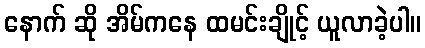
နောက် ဆို အိမ်ကနေ ထမင်းချိုင့် ယူလာခဲ့ပါ။